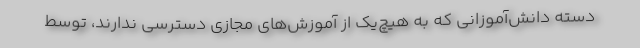
دسته دانش‌آموزانی که به هیچ‌یک از آموزش‌های مجازی دسترسی ندارند، توسط